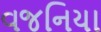
વજનિયા